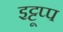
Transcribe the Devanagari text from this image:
इट्टूप्प